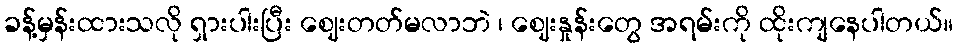
ခန့်မှန်းထားသလို ရှားပါးပြီး ဈေးတတ်မလာဘဲ ၊ ဈေးနှုန်းတွေ အရမ်းကို ထိုးကျနေပါတယ်။